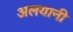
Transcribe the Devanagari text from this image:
अलयानी